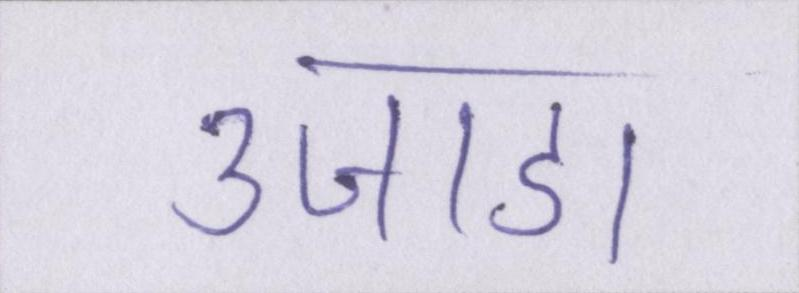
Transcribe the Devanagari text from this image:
उजाडा